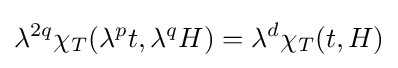
\lambda ^{2q}\chi _{T}(\lambda ^{p}t,\lambda ^{q}H)=\lambda ^{d}\chi _{T}(t,H)